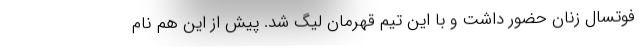
فوتسال زنان حضور داشت و با این تیم قهرمان لیگ شد. پیش از این هم نام